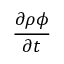
\frac { \partial \rho \phi } { \partial t }